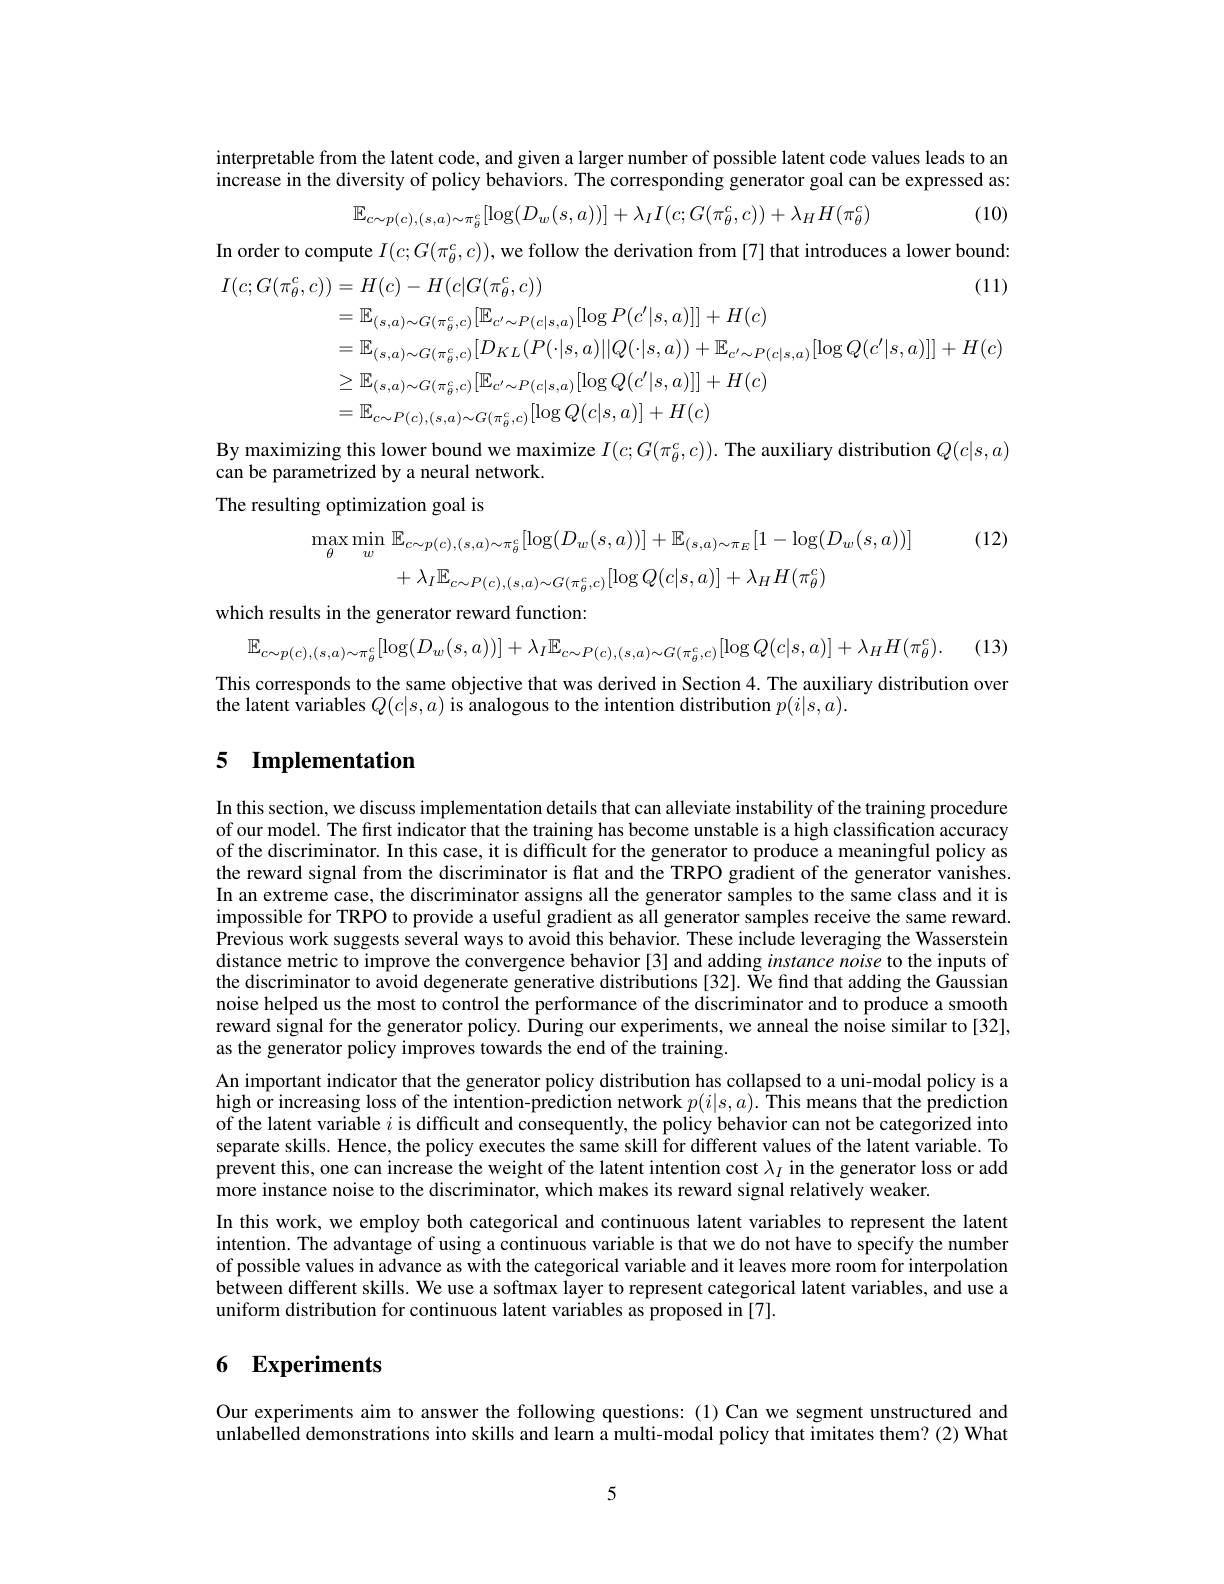
interpretable from the latent code, and given a larger number of possible latent code values leads to an increase in the diversity of policy behaviors. The corresponding generator goal can be expressed as:
$$\mathbb{E}_{c\sim p(c),(s,a)\sim\pi_{\theta}^{c}}[\log(D_{w}(s,a))]+\lambda_{I}I(c;G(\pi_{\theta}^{c},c))+\lambda_{H}H(\pi_{\theta}^{c})$$
(10)

In order to compute $I(c;G(\pi_{\theta}^{c},c))$, we follow the derivation from [7] that introduces a lower bound:
$$\begin{aligned}I(c;G(\pi_{\theta}^{c},c))&=H(c)-H(c|G(\pi_{\theta}^{c},c))&\text{(11)}\\&=\mathbb{E}_{(s,a)\sim G(\pi_{\theta}^{c},c)}[\mathbb{E}_{c^{\prime}\sim P(c|s,a)}[\log P(c^{\prime}|s,a)]]+H(c)\\&=\mathbb{E}_{(s,a)\sim G(\pi_{\theta}^{c},c)}[D_{KL}(P(\cdot|s,a)||Q(\cdot|s,a))+\mathbb{E}_{c^{\prime}\sim P(c|s,a)}[\log Q(c^{\prime}|s,a)]]+H(c)\\&\geq\mathbb{E}_{(s,a)\sim G(\pi_{\theta}^{c},c)}[\mathbb{E}_{c^{\prime}\sim P(c|s,a)}[\log Q(c^{\prime}|s,a)]]+H(c)\\&=\mathbb{E}_{c\sim P(c),(s,a)\sim G(\pi_{\theta}^{c},c)}[\log Q(c|s,a)]+H(c)\end{aligned}$$
By maximizing this lower bound we maximize $I(c;G(\pi_\theta^c,c)).$ The auxiliary distribution $Q(c|s,a)$
can be parametrized by a neural network.
The resulting optimization goal is

(12)
$$\max_{\theta}\operatorname*{min}_{w}\mathbb{E}_{c\sim p(c),(s,a)\sim\pi_{\theta}^{c}}[\log(D_{w}(s,a))]+\mathbb{E}_{(s,a)\sim\pi_{E}}[1-\log(D_{w}(s,a))]\\+\lambda_{I}\mathbb{E}_{c\sim P(c),(s,a)\sim G(\pi_{\theta}^{c},c)}[\log Q(c|s,a)]+\lambda_{H}H(\pi_{\theta}^{c})$$
which results in the generator reward function:

. (13)
$$\mathbb{E}_{c\sim p(c),(s,a)\sim\pi_{\theta}^{c}}[\log(D_{w}(s,a))]+\lambda_{I}\mathbb{E}_{c\sim P(c),(s,a)\sim G(\pi_{\theta}^{c},c)}[\log Q(c|s,a)]+\lambda_{H}H(\pi_{\theta}^{c}).$$
This corresponds to the same objective that was derived in Section 4. The auxiliary distribution over
the latent variables $Q(c|s,a)$ is analogous to the intention distribution $p(i|s,a).$

## 5 Implementation

In this section, we discuss implementation details that can alleviate instability of the training procedure of our model. The first indicator that the training has become unstable is a high classification accuracy of the discriminator. In this case, it is diffcult for the generator to produce a meaningful policy as the reward signal from the discriminator is flat and the TRPO gradient of the generator vanishes In an extreme case, the discriminator assigns all the generator samples to the same class and it is impossible for TRPO to provide a useful gradient as all generator samples receive the same reward $\hat{\text{Previous work suggests several ways to avoid this behavior. These include leveraging the Wasserstein}}$ distance metric to improve the convergence behavior[3] and adding instance noise to the inputs of the discriminator to avoid degenerate generative distributions [32]. We find that adding the Gaussian noise helped us the most to control the performance of the discriminator and to produce a smooth reward signal for the generator policy. During our experiments, we anneal the noise similar to [32], as the generator policy improves towards the end of the training.
An important indicator that the generator policy distribution has collapsed to a uni-modal policy is a $\hat{\text{high or increasing loss of the intention-prediction network }p(i|s,a).\hat{\text{This means that the prediction}}}$ of the latent variable $i$ is difficult and consequently, the policy behavior can not be categorized into separate skills. Hence, the policy executes the same skill for different values of the latent variable. To prevent this, one can increase the weight of the latent intention cost $\lambda_I$ in the generator loss or add more instance noise to the discriminator, which makes its reward signal relatively weaker.
In this work, we employ both categorical and continuous latent variables to represent the latent intention. The advantage of using a continuous variable is that we do not have to specify the number of possible values in advance as with the categorical variable and it leaves more room for interpolation between different skills. We use a softmax layer to represent categorical latent variables, and use a uniform distribution for continuous latent variables as proposed in [7].

# 6 Experiments

Our experiments aim to answer the following questions: (1) Can we segment unstructured and unlabelled demonstrations into skills and learn a multi-modal policy that imitates them? (2) What

5